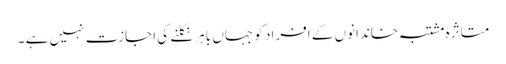
متاثرہ مشتبہ خاندانوں کے افراد کو جہاں باہر نکلنے کی اجازت نہیں ہے ۔